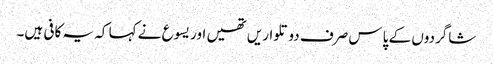
‏ شاگردوں کے پاس صرف دو تلواریں تھیں اور یسوع نے کہا کہ یہ کافی ہیں۔